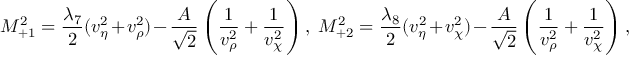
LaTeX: M _ { + 1 } ^ { 2 } = \frac { \lambda _ { 7 } } { 2 } ( v _ { \eta } ^ { 2 } + v _ { \rho } ^ { 2 } ) - \frac { A } { \sqrt 2 } \left( \frac { 1 } { v _ { \rho } ^ { 2 } } + \frac { 1 } { v _ { \chi } ^ { 2 } } \right) , \; M _ { + 2 } ^ { 2 } = \frac { \lambda _ { 8 } } { 2 } ( v _ { \eta } ^ { 2 } + v _ { \chi } ^ { 2 } ) - \frac { A } { \sqrt 2 } \left( \frac { 1 } { v _ { \rho } ^ { 2 } } + \frac { 1 } { v _ { \chi } ^ { 2 } } \right) , \;